Civil Veterinary Dept. Assam report 1927-50 - 1927-1950
Year: 1927
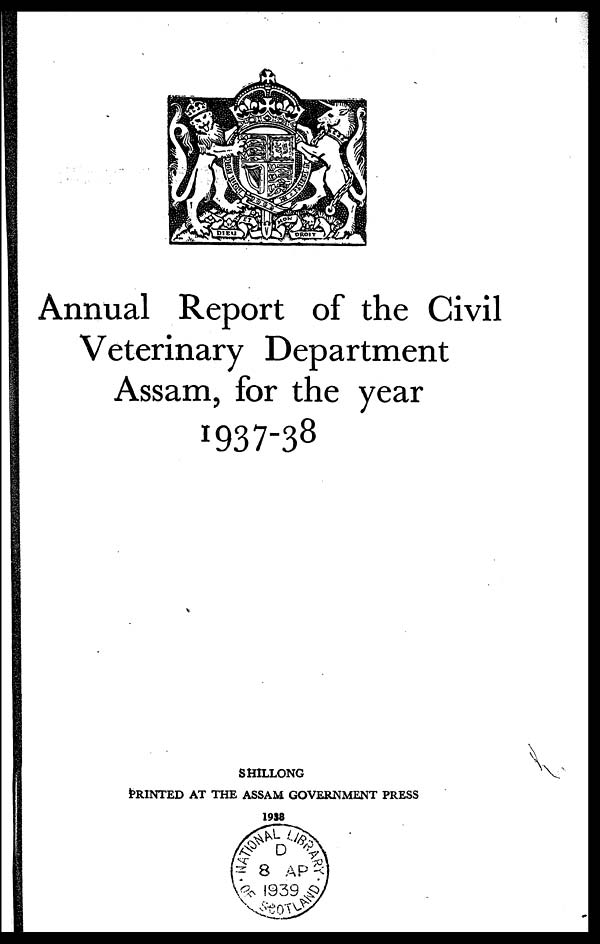
Annual Report of the Civil
Veterinary Department
Assam, for the year
1937-38
SHILLONG
PRINTED AT THE ASSAM GOVERNMENT
1938